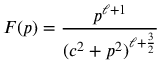
F ( p ) = { \frac { p ^ { \ell + 1 } } { ( c ^ { 2 } + p ^ { 2 } ) ^ { \ell + { \frac { 3 } { 2 } } } } }